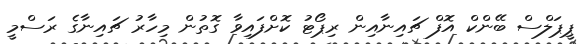
ޕީޕަލްސް ބޭންކް އޮފް ޗައިނާއިން ރިޕޯޓު ކޮށްފައިވާ ގޮތުން މިހާރު ޗައިނާގެ ރަސްމީ